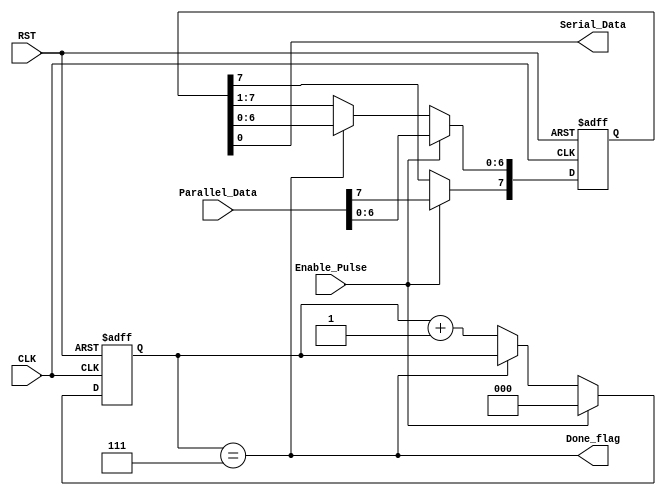
module TX_Serializer #(parameter Data_Width = 8)
(
  input wire                    CLK,
  input wire                    RST,
  input wire                    Enable_Pulse,
  input wire [Data_Width-1:0]   Parallel_Data,
  output wire                   Serial_Data,       
  output wire                   Done_flag       
);

reg [Data_Width-1:0]    Shift_Register;
reg [2:0]               Counter;
//reg                     Registered_Enable;
//wire                    Enable_Pulse;

/*
//Enable_Pulse Pulse Generator
always @ (posedge CLK or negedge RST)
  begin
    if(!RST)
      begin
        Registered_Enable <= 0;
      end
    else
      begin
        Registered_Enable <= Enable_Pulse;
      end
  end

assign Enable_Pulse = Enable_Pulse && !Registered_Enable;
*/


always @ (posedge CLK or negedge RST)
  begin
    if(!RST)
      begin
        Shift_Register <= 'b0;
      end
    else if (Enable_Pulse)      //    else if (Enable_Pulse)
      begin
        Shift_Register <= Parallel_Data;
      end
    else if (!Done_flag)
      begin
        Shift_Register[Data_Width-2:0] <= Shift_Register[Data_Width-1:1];
      end
  end


always @ (posedge CLK or negedge RST)
  begin
    if(!RST)
      begin
        Counter <= 0;
      end
    else if (Enable_Pulse)
      begin
        Counter <= 0;
      end
    else if (!Done_flag)
      begin
        Counter <= Counter + 1;
      end
  end



assign Serial_Data = Shift_Register[0];

assign Done_flag = (Counter == 3'd7);


/*
always @ (posedge CLK or negedge RST)
  begin
    if(!RST)
      begin
        Done_flag <= 0;
      end
    else if (Enable_Pulse)
      begin
        Done_flag <= 0;
      end
    else if (Counter == 3'd7)
      begin
        Done_flag <= 1;
      end
  end
*/

endmodule